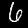
Digit: 6